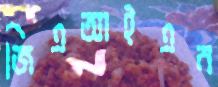
জিএআইএন